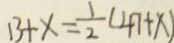
1 3 + x = \frac { 1 } { 2 } ( 4 7 + x )